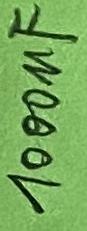
Text: 1000µF